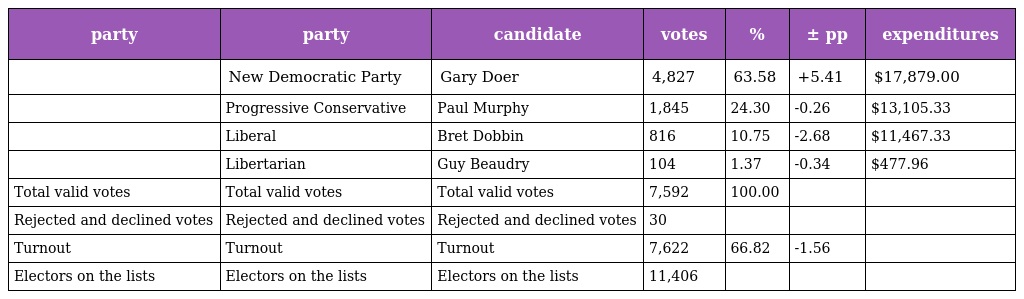
| party | party | candidate | votes | % | ± pp | expenditures |
 | --- | --- | --- | --- | --- | --- | --- |
 |  | New Democratic Party | Gary Doer | 4,827 | 63.58 | +5.41 | $17,879.00 |
 |  | Progressive Conservative | Paul Murphy | 1,845 | 24.30 | -0.26 | $13,105.33 |
 |  | Liberal | Bret Dobbin | 816 | 10.75 | -2.68 | $11,467.33 |
 |  | Libertarian | Guy Beaudry | 104 | 1.37 | -0.34 | $477.96 |
 | Total valid votes | Total valid votes | Total valid votes | 7,592 | 100.00 |  |  |
 | Rejected and declined votes | Rejected and declined votes | Rejected and declined votes | 30 |  |  |  |
 | Turnout | Turnout | Turnout | 7,622 | 66.82 | -1.56 |  |
 | Electors on the lists | Electors on the lists | Electors on the lists | 11,406 |  |  |  |